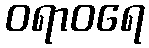
ဝရာဝရေ